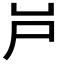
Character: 𡰮